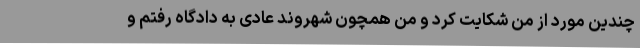
چندین مورد از من شکایت کرد و من همچون شهروند عادی به دادگاه رفتم و